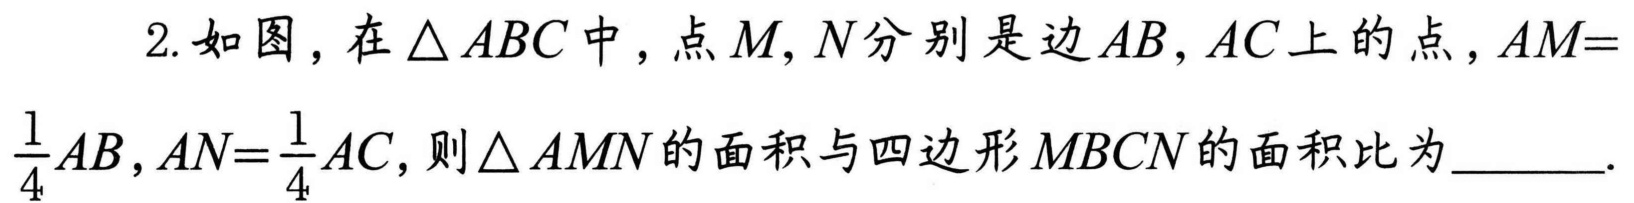
2. 如图，在\(\triangle ABC\)中，点\(M,N\)分别是边\(AB,AC\)上的点，\(AM = \frac{1}{4}AB\)，\(AN=\frac{1}{4}AC\)，则\(\triangle AMN\)的面积与四边形\(MBCN\)的面积比为______.